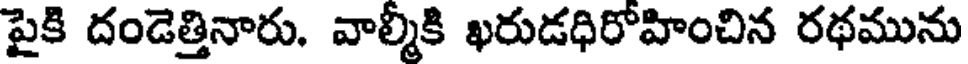
పైకి దండెత్తినారు. వాల్మీకి ఖరుడధిరోహించిన రథమును